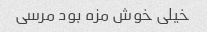
خیلی خوش مزه بود مرسی